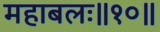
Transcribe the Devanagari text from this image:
महाबलः॥१०॥